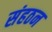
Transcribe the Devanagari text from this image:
संहठन